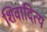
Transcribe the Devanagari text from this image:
शिवादित्य